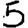
Digit: 5